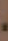
-